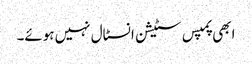
ابھی پمپس سٹیشن انسٹال نہیں ہوئے۔